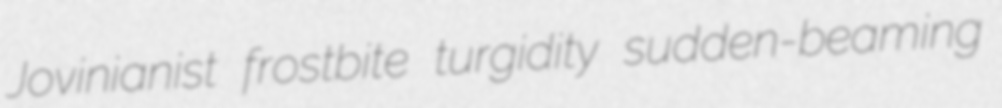
Jovinianist frostbite turgidity sudden-beaming